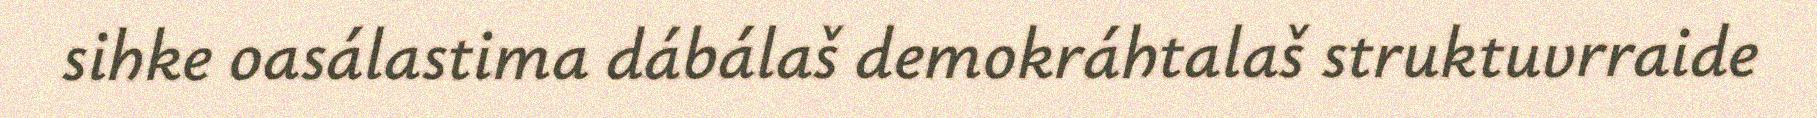
sihke oasálastima dábálaš demokráhtalaš struktuvrraide